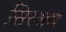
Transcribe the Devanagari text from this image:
सिरसम